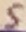
Text: 5